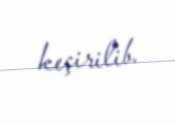
keçirilib.